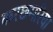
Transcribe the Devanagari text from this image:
करछमरिया